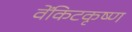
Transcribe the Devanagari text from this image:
वेंकिटकृष्ण